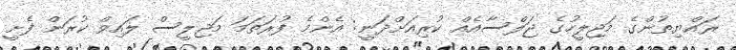
ރައްޔިތުންގެ މަޖިލީހުގެ ޖަލްސާއެެއް ކުރިއަށްދަނީ: އެންމެ ފުރަތަމަ މަޖިލީސް ލައިވް ކުރަން ފެށީ